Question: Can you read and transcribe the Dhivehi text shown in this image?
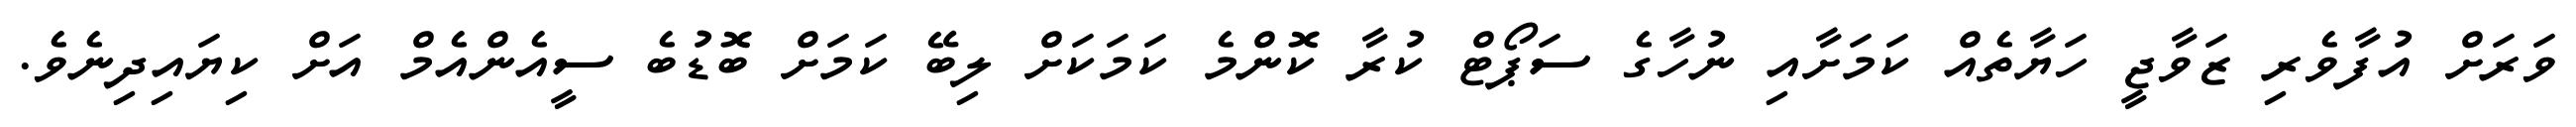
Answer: ވަރަށް އުފާވެރި ޒަވާޖީ ހަޔާތެއް ކަމަށާއި ނުހާގެ ސަޕޯޓް ކުރާ ކޮންމެ ކަމަކަށް ލިބޭ ކަމަށް ބޮޑުބެ ސީއެންއެމް އަށް ކިޔައިދިނެވެ.